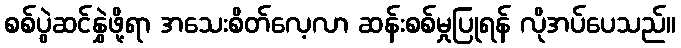
စစ်ပွဲဆင်နွှဲဖို့ရာ အသေးစိတ်လေ့လာ ဆန်းစစ်မှုပြုရန် လိုအပ်ပေသည်။